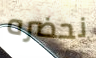
نحضره